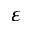
\varepsilon